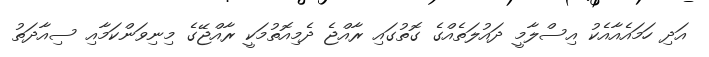
އަދި ހަމައެއާއެކު އިސްލާމީ ދައުލަތެއްގެ ގޮތުގައި ރާއްޖެ ދެމިއޮތުމަކީ ރާއްޖޭގެ މިނިވަންކަމާއި ސިއާދަތު